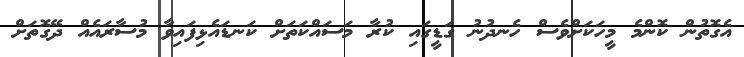
އެގޮތުން ކޮންމެ މީހަކަށްވެސް ހެނދުނު ގަޑީގައި ކުރާ މަސައްކަތަށް ކަނޑައެޅިފައިވާ މުސާރައެއް ދޭގޮތަށް